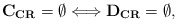
\begin{align*}{\bf C_{CR}}=\emptyset \Longleftrightarrow {\bf D_{CR}}=\emptyset, \end{align*}